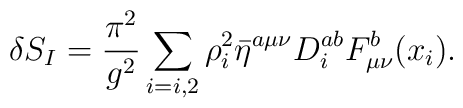
\delta S_I=\frac{\pi^2}{g^2}\sum_{i=i,2}\rho_i^2\bar \eta^{a\mu\nu}D^{ab}_i F^b_{\mu\nu}(x_i).